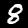
Label: 8